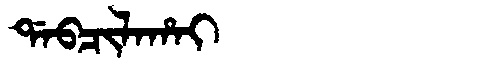
Manchu: ᡩᠠᠪᠴᡳᠯᠠᡥᠠᡳ
Romanization: DABCILAHAI